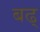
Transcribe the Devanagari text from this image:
बढ्